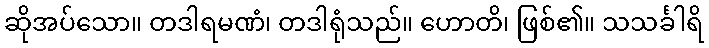
ဆိုအပ်သော။ တဒါရမဏံ၊ တဒါရုံသည်။ ဟောတိ၊ ဖြစ်၏။ သသင်္ခါရိ